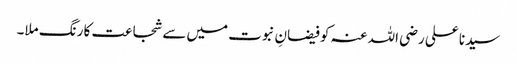
سیدنا علی رضی اللہ عنہ کو فیضانِ نبوت میں سے شجاعت کا رنگ ملا۔